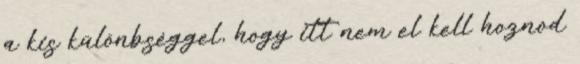
a kis különbséggel, hogy itt nem el kell hoznod